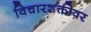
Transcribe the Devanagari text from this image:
विचारशक्तीवर